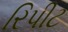
રિપીટ